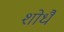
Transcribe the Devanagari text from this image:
शोधै